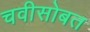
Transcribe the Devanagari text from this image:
चवीसोबत